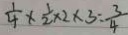
\frac { 1 } { 4 } \times \frac { 1 } { 2 } \times 2 \times 3 = \frac { 3 } { 4 }